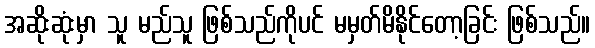
အဆိုးဆုံးမှာ သူ မည်သူ ဖြစ်သည်ကိုပင် မမှတ်မိနိုင်တော့ခြင်း ဖြစ်သည်။